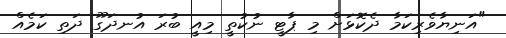
"އަނިޔާވެރިކަމާ ދެކޮޅަށް މި ޕާޓީ ނުކުތީ މިއީ ބުރަ އުނދަގޫ ދަތި ކަމެއް